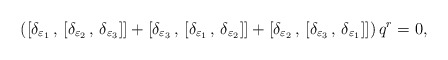
\begin{align*}\left( [ \delta_{\varepsilon_1}\,,\,[ \delta_{\varepsilon_2}\,,\,\delta_{\varepsilon_3} ] ] + [ \delta_{\varepsilon_3}\,,\,[\delta_{\varepsilon_1}\,,\,\delta_{\varepsilon_2} ] ]+ [ \delta_{\varepsilon_2}\,,\,[ \delta_{\varepsilon_3}\,,\,\delta_{\varepsilon_1} ] ] \right) q^r = 0 ,\end{align*}